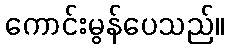
ကောင်းမွန်ပေသည်။